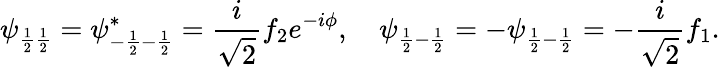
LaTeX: \psi_{\frac{1}{2}\frac{1}{2}}=\psi_{-\frac{1}{2}-\frac{1}{2}}^{*}=\frac{i}{\sqrt{2}}f_{2}e^{-i\phi},\quad\psi_{\frac{1}{2}-\frac{1}{2}}=-\psi_{\frac{1}{2}-\frac{1}{2}}=-\frac{i}{\sqrt{2}}f_{1}.